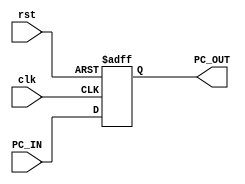
`timescale 1ns / 1ps
//////////////////////////////////////////////////////////////////////////////////
// Company: 
// Engineer: 
// 
// Design Name: 
// Module Name: PC
// Project Name: 
// Target Devices: 
// Tool Versions: 
// Description: 
// 
// Dependencies: 
// 
// Revision:
// Revision 0.01 - File Created
// Additional Comments:
// 
//////////////////////////////////////////////////////////////////////////////////


module PC(
    input [31:0] PC_IN,
    output [31:0] PC_OUT,
    input rst,
    input clk
    );
    reg [31:0] pc;
    always @(posedge clk,negedge rst)
    begin
        if(~rst)
            pc <= 0;
        else
            pc <= PC_IN;
    end
    assign PC_OUT = pc;
endmodule